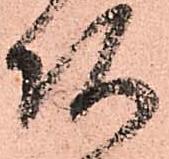
頭